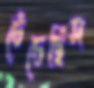
চেঁচেছিস